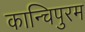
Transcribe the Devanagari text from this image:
कान्चिपुरम